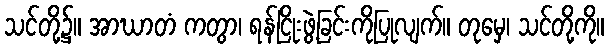
သင်တို့၌။ အာဃာတံ ကတွာ၊ ရန်ငြိုးဖွဲ့ခြင်းကိုပြုလျက်။ တုမှေ၊ သင်တို့ကို။